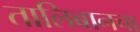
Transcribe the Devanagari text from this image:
तालिबानचा